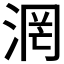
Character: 𣶈